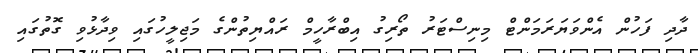
ދާދި ފަހުން އެންވަޔަރަމަންޓް މިނިސްޓަރު ތޯރިގު އިބްރާހީމް ރައްޔިތުންގެ މަޖިލީހުގައި ވިދާޅުވި ގޮތުގައި